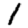
Digit: 1